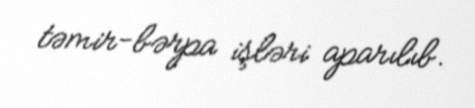
təmir-bərpa işləri aparılıb.